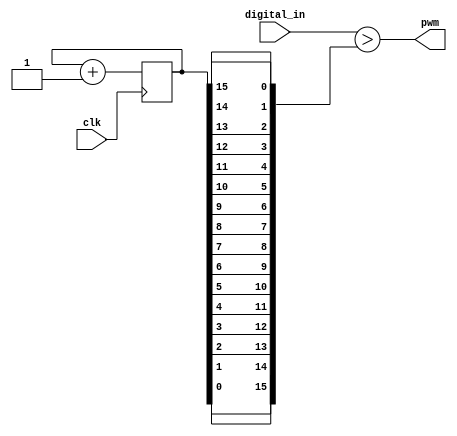
`timescale 1ns / 1ns

module pwm
    #(
        parameter WIDTH = 16
    )
    (
        input wire clk,
        input wire[WIDTH-1:0] digital_in,
        output wire pwm
    );

    reg[WIDTH-1:0] cnt;
    wire[WIDTH-1:0] cnt_r;  // reversed counter, see https://zipcpu.com/dsp/2017/09/04/pwm-reinvention.html

    initial begin
        cnt = 0;
    end

    always @(posedge clk) begin
        cnt <= cnt + 1'b1;
    end

    genvar k;
    generate
        for(k=0; k<WIDTH; k=k+1) begin
            assign cnt_r[k] = cnt[WIDTH-1-k];
        end
    endgenerate

    assign pwm = (digital_in > cnt_r);
endmodule